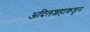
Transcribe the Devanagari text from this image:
अदिलशहाकडुन